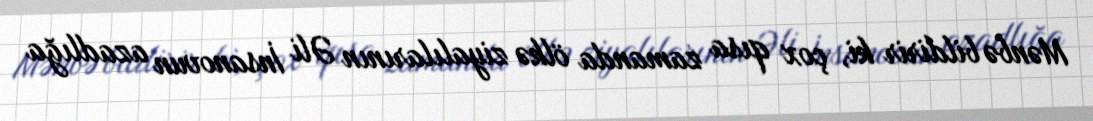
Mənbə bildirir ki, çox qısa zamanda ölkə ziyalılarının Əli İnsanovun azadlığa